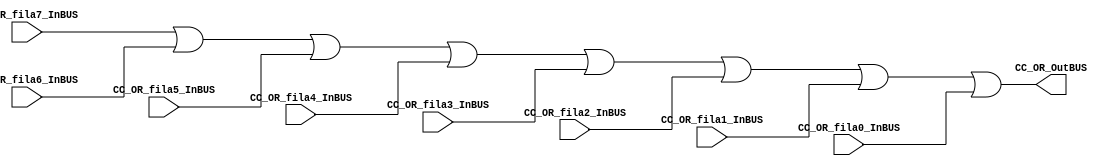
module CC_OR (

//////////// OUTPUTS //////////

	CC_OR_OutBUS,
	
//////////// INPUTS //////////

	CC_OR_fila7_InBUS,
	CC_OR_fila6_InBUS,
	CC_OR_fila5_InBUS,
	CC_OR_fila4_InBUS,
	CC_OR_fila3_InBUS,
	CC_OR_fila2_InBUS,
	CC_OR_fila1_InBUS,
	CC_OR_fila0_InBUS
);
//=======================================================
//  PARAMETER declarations
//=======================================================
parameter NUMBER_DATAWIDTH = 8;
//=======================================================
//  PORT declarations
//=======================================================

output 	[NUMBER_DATAWIDTH-1:0] CC_OR_OutBUS;

input 	[NUMBER_DATAWIDTH-1:0] CC_OR_fila7_InBUS;
input 	[NUMBER_DATAWIDTH-1:0] CC_OR_fila6_InBUS;
input 	[NUMBER_DATAWIDTH-1:0] CC_OR_fila5_InBUS;
input 	[NUMBER_DATAWIDTH-1:0] CC_OR_fila4_InBUS;
input 	[NUMBER_DATAWIDTH-1:0] CC_OR_fila3_InBUS;
input 	[NUMBER_DATAWIDTH-1:0] CC_OR_fila2_InBUS;
input 	[NUMBER_DATAWIDTH-1:0] CC_OR_fila1_InBUS;
input 	[NUMBER_DATAWIDTH-1:0] CC_OR_fila0_InBUS;
//=======================================================
//  REG/WIRE declarations
//=======================================================

//=======================================================
//  Structural coding
//=======================================================
	
or(CC_OR_OutBUS, CC_OR_fila7_InBUS, CC_OR_fila6_InBUS, CC_OR_fila5_InBUS, CC_OR_fila4_InBUS, CC_OR_fila3_InBUS, CC_OR_fila2_InBUS, CC_OR_fila1_InBUS, CC_OR_fila0_InBUS);

endmodule